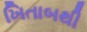
ખિતાબથી